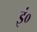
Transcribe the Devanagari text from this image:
इं०